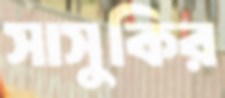
সাসুকির